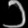
Digit: ၁